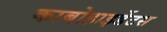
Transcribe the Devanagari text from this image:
काबोहाइर्डेटस